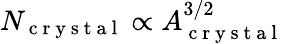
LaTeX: N_{\mathrm{~c~r~y~s~t~a~l~}}\propto A_{\mathrm{~c~r~y~s~t~a~l~}}^{3/2}